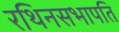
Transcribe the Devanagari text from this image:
रथिनसभापति